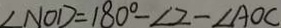
\angle N O D = 1 8 0 ^ { \circ } - \angle 2 - \angle A O C